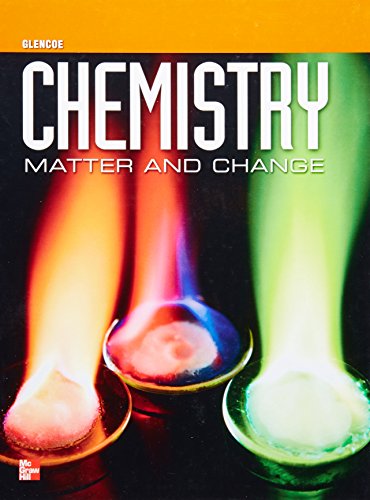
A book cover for Chemistry: Matter and Change; Thandi Buthelezi; Teen & Young Adult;